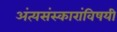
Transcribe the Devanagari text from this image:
अंत्यसंस्कारांविषयी